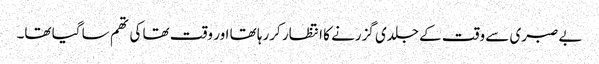
بے صبری سے وقت کے جلدی گزرنے کا انتظار کررہا تھا اور وقت تھا کی تھم سا گیا تھا۔